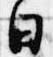
日